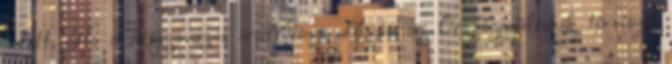
adott. Ha a népszavazás eredménye alapján az Országgyűlésnek törvényt